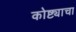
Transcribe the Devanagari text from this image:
कोष्ट्याचा